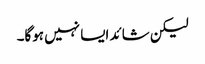
لیکن شائد ایسا نہیں ہوگا۔